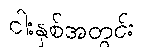
ငါးနှစ်အတွင်း